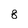
Character: 8